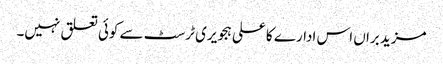
مزید براں اس ادارے کا علی ہجویری ٹرسٹ سے کوئی تعلق نہیں۔